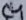
Text: C4